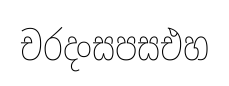
චරදංසපසඑහ